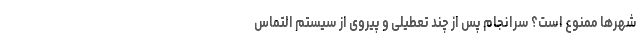
شهرها ممنوع است؟ سرانجام پس از چند تعطیلی و پیروی از سیستم التماس